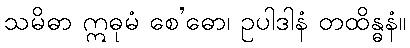
သမိဓာ ဣဓုမံ စေ’ဓော၊ ဥပါဒါနံ တထိန္ဓနံ။